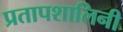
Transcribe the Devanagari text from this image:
प्रतापशालिनी